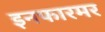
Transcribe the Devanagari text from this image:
इनफारमर